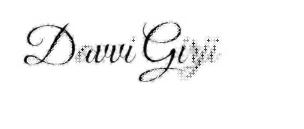
Davvi Girji